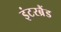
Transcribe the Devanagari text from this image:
इंटरब्रैंड